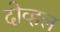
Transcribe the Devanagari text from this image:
दोव्हल